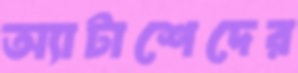
অ্যাটাশেদের